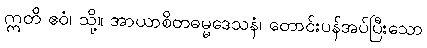
ဣတိ ဧဝံ၊ သို့။ အာယာစိတဓမ္မဒေသနံ၊ တောင်းပန်အပ်ပြီးသော